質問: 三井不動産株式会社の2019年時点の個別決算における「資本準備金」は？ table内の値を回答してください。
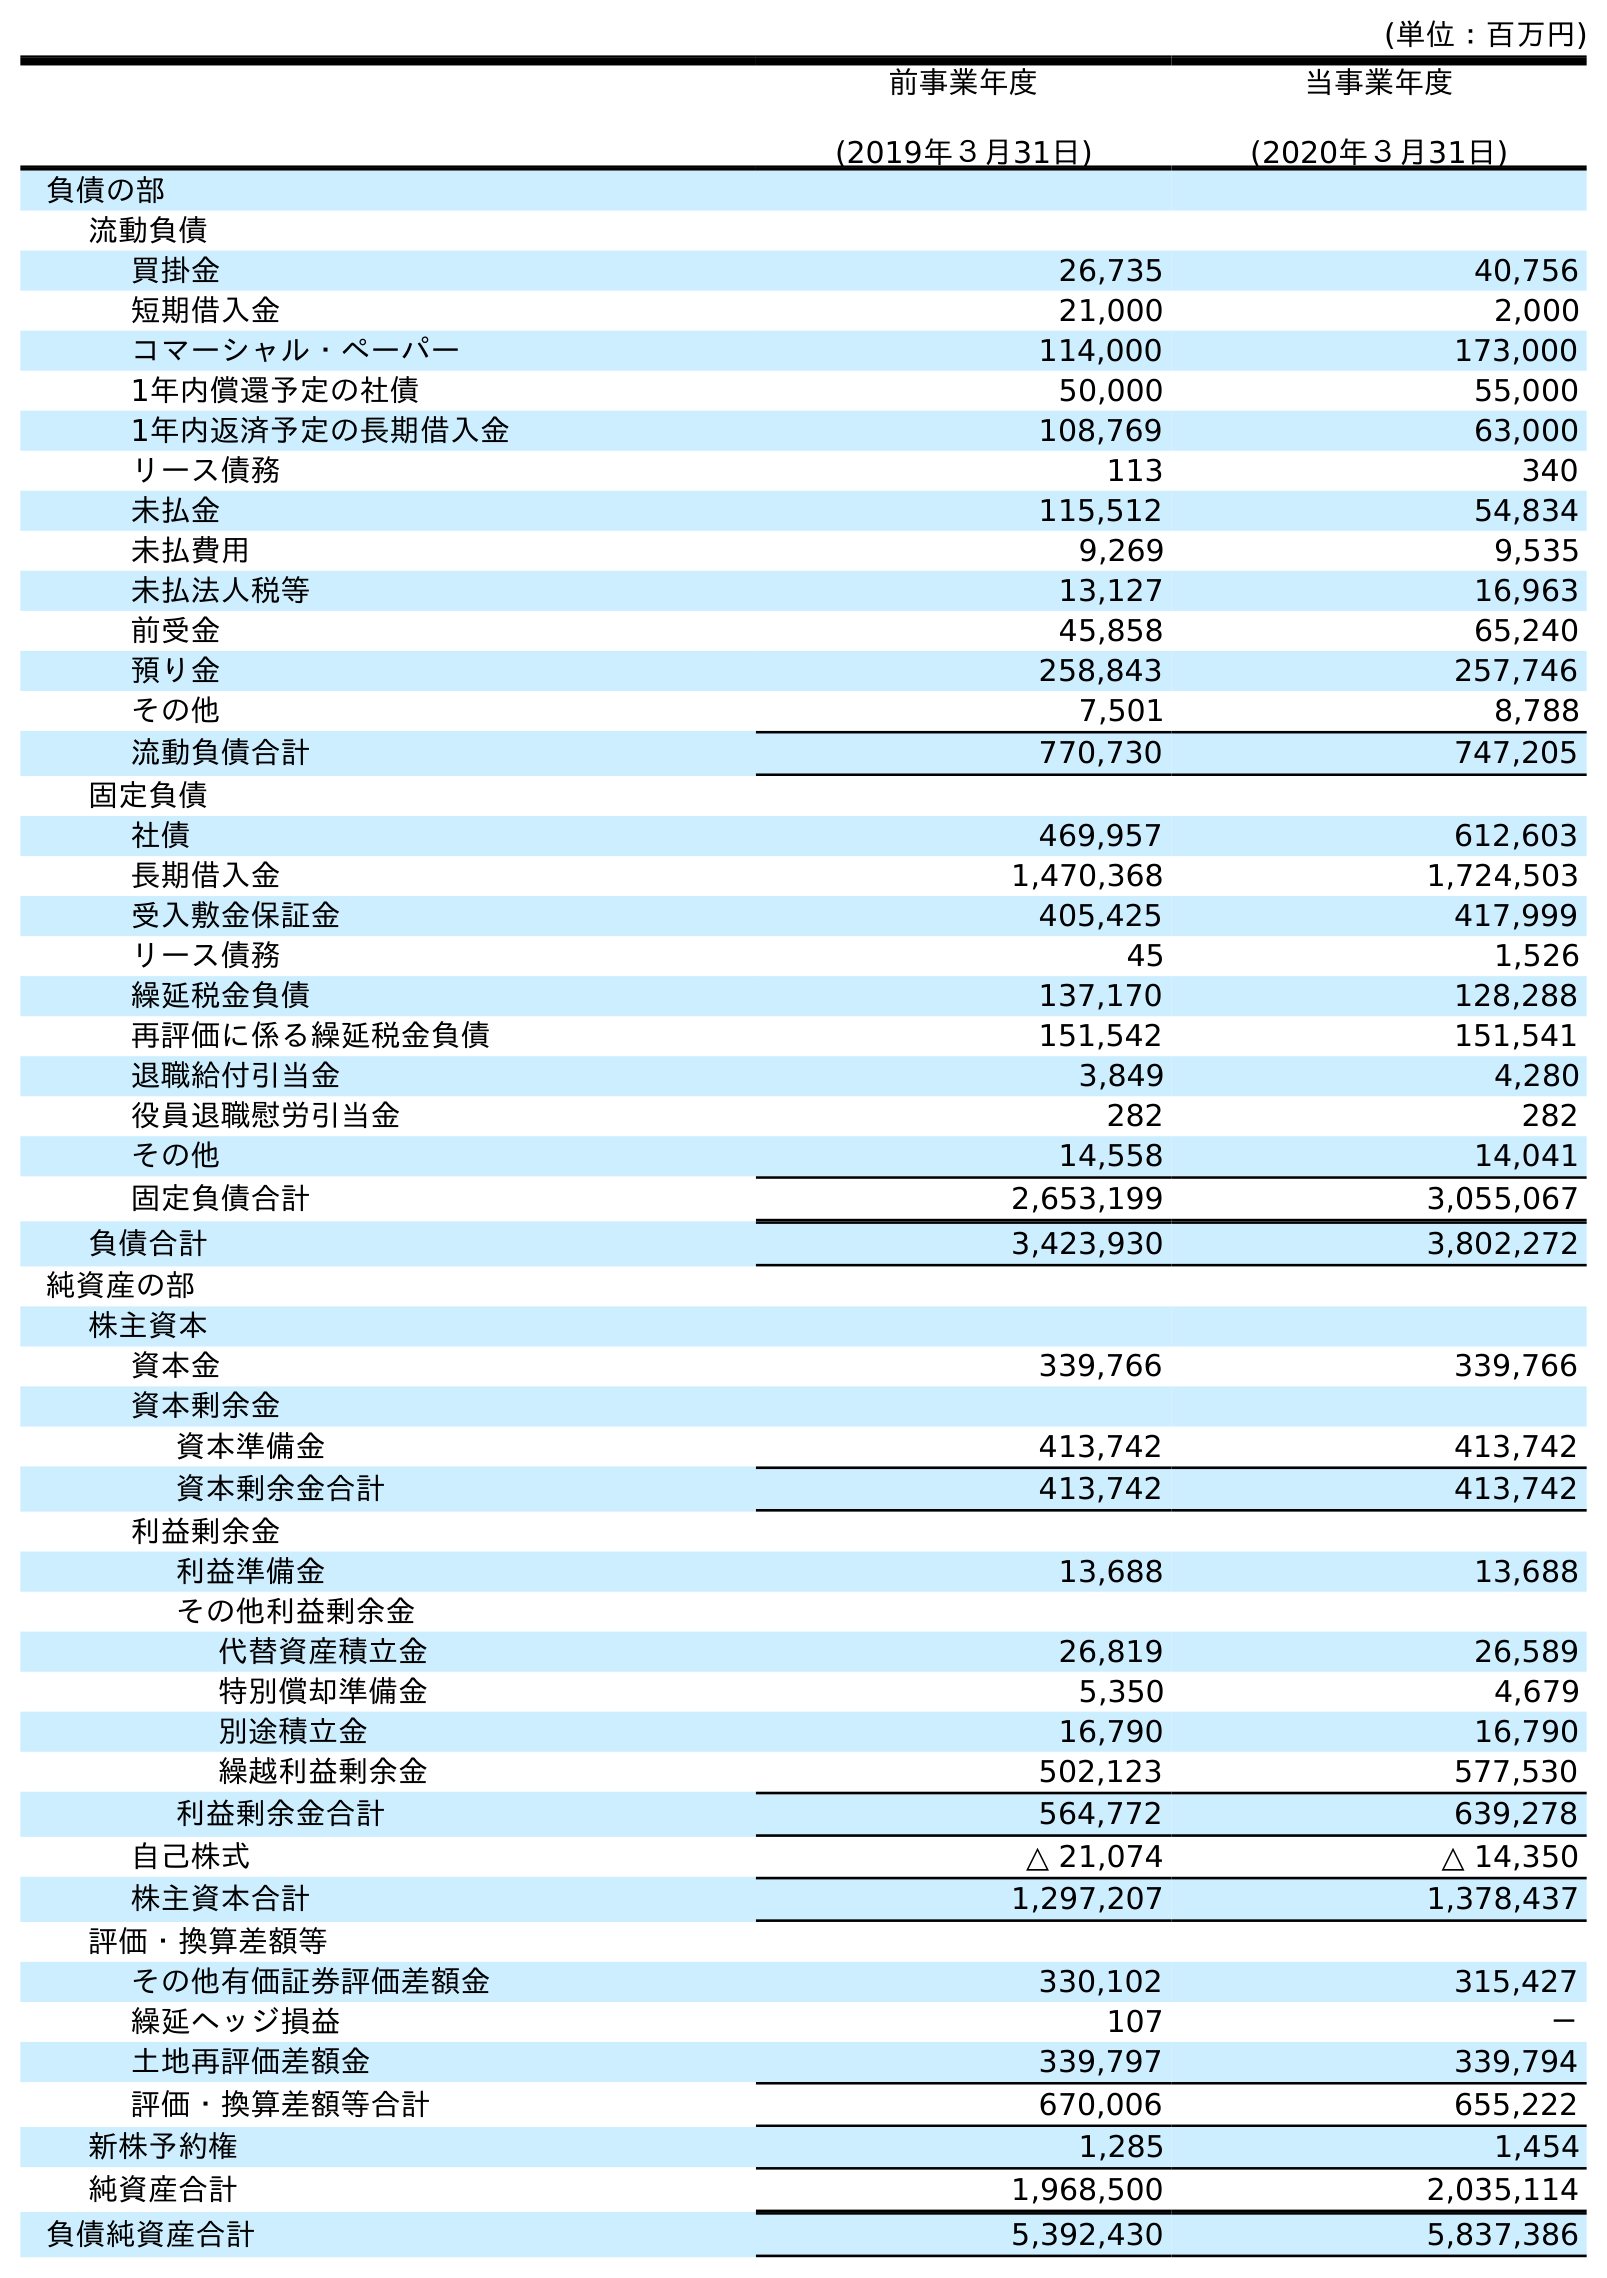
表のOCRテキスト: (単位：百万円) 前事業年度 (2019年３月31日) 当事業年度 (2020年３月31日) 負債の部 流動負債 買掛金 26,735 40,756 短期借入金 21,000 2,000 コマーシャル・ペーパー 114,000 173,000 1年内償還予定の社債 50,000 55,000 1年内返済予定の長期借入金 108,769 63,000 リース債務 113 340 未払金 115,512 54,834 未払費用 9,269 9,535 未払法人税等 13,127 16,963 前受金 45,858 65,240 預り金 258,843 257,746 その他 7,501 8,788 流動負債合計 770,730 747,205 固定負債 社債 469,957 612,603 長期借入金 1,470,368 1,724,503 受入敷金保証金 405,425 417,999 リース債務 45 1,526 繰延税金負債 137,170 128,288 再評価に係る繰延税金負債 151,542 151,541 退職給付引当金 3,849 4,280 役員退職慰労引当金 282 282 その他 14,558 14,041 固定負債合計 2,653,199 3,055,067 負債合計 3,423,930 3,802,272 純資産の部 株主資本 資本金 339,766 339,766 資本剰余金 資本準備金 413,742 413,742 資本剰余金合計 413,742 413,742 利益剰余金 利益準備金 13,688 13,688 その他利益剰余金 代替資産積立金 26,819 26,589 特別償却準備金 5,350 4,679 別途積立金 16,790 16,790 繰越利益剰余金 502,123 577,530 利益剰余金合計 564,772 639,278 自己株式 △ 21,074 △ 14,350 株主資本合計 1,297,207 1,378,437 評価・換算差額等 その他有価証券評価差額金 330,102 315,427 繰延ヘッジ損益 107 － 土地再評価差額金 339,797 339,794 評価・換算差額等合計 670,006 655,222 新株予約権 1,285 1,454 純資産合計 1,968,500 2,035,114 負債純資産合計 5,392,430 5,837,386
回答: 413,742